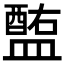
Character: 𥂧